Indian journal of veterinary science and animal husbandry - Volumes 15-17, 1948-1951
Year: 1948
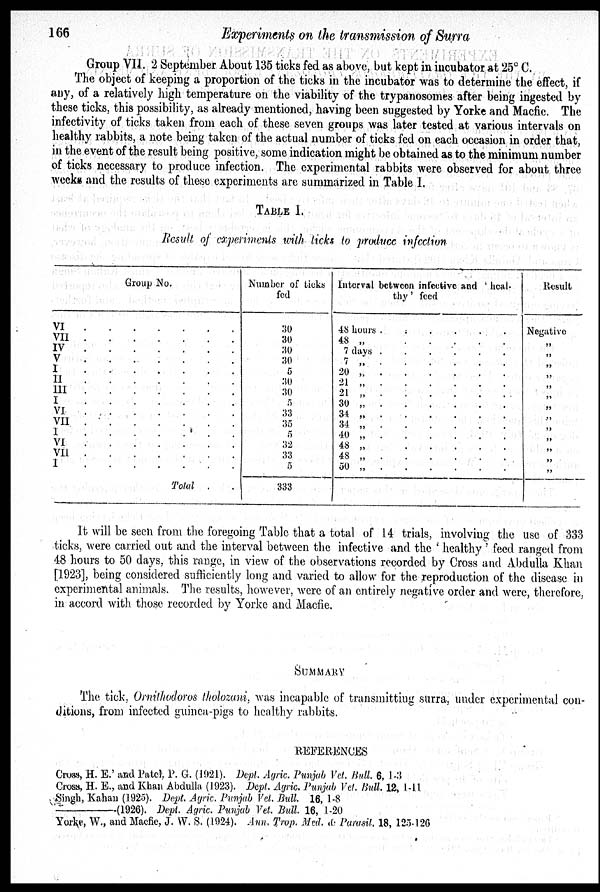
166
Experiments on the transmission of Surra
Group VII. 2 September About 135 ticks fed as above, but kept in incubator at 25ºC.
The object of keeping a proportion of the ticks in the incubator was to determine the effect, if
any, of a relatively high temperature on the viability of the trypanosomes after being ingested by
these ticks, this possibility, as already mentioned, having been suggested by Yorke and Macfic. The
infectivity of ticks taken from each of these seven groups was later tested at various intervals on
healthy rabbits, a note being taken of the actual number of ticks fed on each occasion in order that,
in the event of the result being positive, some indication might be obtained as to the minimum number
of ticks necessary to produce infection. The experimental rabbits were observed for about three
weeks and the results of these experiments are summarized in Table I.
TABLE I.
Result of experiments with ticks to produce infection
Group No.
VI . . . . . . .
VII . . . . . . .
IV . . . . . . .
V . . . . . . .
I . . . . . . .
II . . . . . . .
III . . . . . . .
I . . . . . . .
VI . . . . . . .
VII . . . . . . .
I . . . . . . .
VI . . . . . . .
VII . . . . . . .
I . . . . . . .
Total . .
Number of ticks
fed
30
30
30
30
5
30
30
5
33
35
5
32
33
5
333
Interval between infective and 'heal-
thy' feed
48 hours .
.
.
.
.
.
48 „ . . . . . .
7 days „ . . . . . .
7 „ . . . . . .
20 „ . . . . . .
21 „ . . . . . .
21 „ . . . . . .
30 „ . . . . . .
34 „ . . . . . .
34 „ . . . . . .
40 „ . . . . . .
48 „ . . . . . .
48 „ . . . . . .
50 „ . . . . . .
Result
Negative
„
„
„
„
„
„
„
„
„
„
„
„
„
It will be seen from the foregoing Table that a total of 14 trials, involving the use of 333
ticks, were carried out and the interval between the infective and the 'healthy' feed ranged from
48 hours to 50 days, this range, in view of the observations recorded by Cross and Abdulla Khan
[1923], being considered sufficiently long and varied to allow for the reproduction of the disease in
experimental animals. The results, however, were of an entirely negative order and were, therefore,
in accord with those recorded by Yorke and Macfie.
SUMMARY
The tick, Ornithodoros tholozani, was incapable of transmitting surra, under experimental con-
ditions, from infected guinea-pigs to healthy rabbits.
REFERENCES
Cross, H. E.' and Patcl, P. G. (1921). Dept. Agric. Punjab Vet. Bull. 6, 1-3
Cross, H. E., and Khan Abdulla (1923). Dept. Agric. Punjab Vet. Bull. 12, 1-11
Singh, Kahan (1925). Dept. Agric. Punjab Vet. Bull. 16, 1-8
——(1926).
Dept. Agric. Punjab Vet. Bull. 16, 1-20
Yorke, W., and Macfie, J. W. S. (1924). Ann. Trop. Med. & Parasit. 18, 125-126